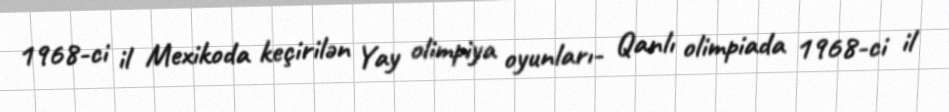
1968-ci il Mexikoda keçirilən Yay olimpiya oyunları- Qanlı olimpiada 1968-ci il